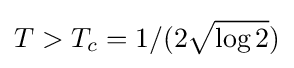
T>T_{c}=1/(2{\sqrt {\log 2}})